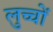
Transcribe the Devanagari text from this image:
लुच्चों